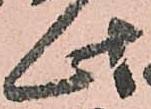
此